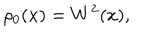
\rho _ { 0 } ( x ) = W ^ { 2 } ( x ) ,